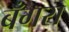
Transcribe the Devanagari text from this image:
बँगरा